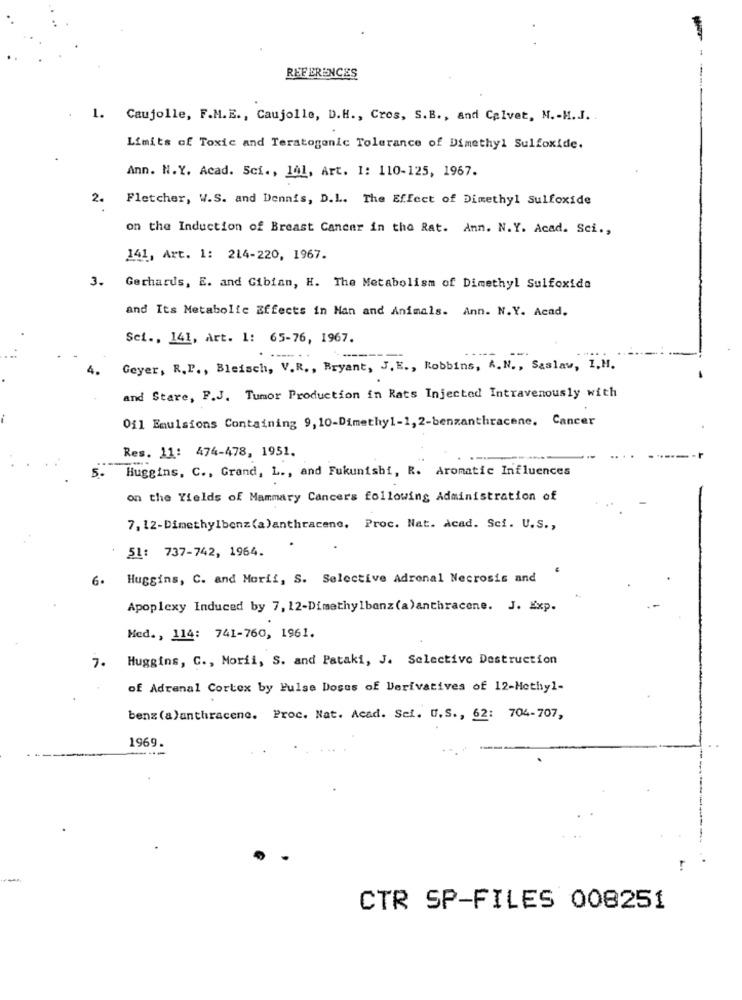
-
REFERENCES
1.
Caujolle, F.M.E ., Caujolle, D.H ., Cros, S.B ., and Calvet, N .- M.J ..
Limits of Toxic and Teratogenic Tolerance of Dimethyl Sulfoxide.
Ann. H.Y. Acad. Sci ., 141, Art. 1: 110-125, 1967.
2.
Fletcher, W.S. and Dennis, D.L. The Effect of Dimethyl Sulfoxide
on the Induction of Breast Cancer in the Rat. Ann. N.Y. Acad. Sci .,
141, Art. 1: 214-220, 1967.
3. Gerhards, E. and Gibian, H. The Metabolism of Dimethyl Sulfoxido
and Its Metabolic Effects in Man and Animals. Ann. N.Y. Acad.
Sei ., 141, Art. 1: 65-76, 1967.
----
4.
Geyer, R.P ., Bleisch, V.R ., Bryant, J. K ., Robbins, A. N ., Saslaw, I.H.
and Stare, P.J. Tumor Production in Rats Injected Intravenously with
0fl Emulsions Containing 9, 10-Dimethyl-1, 2-benzanthracene. Cancer
Res. 11: 474-478, 1951.
5.
Huggins, C ., Grand, L ., and Fukunishi, R. Aromatic Influences
on the Yields of Mammary Cancers following Administration of
7, 12-Dimethylbenz(a)anthracene, Proc. Nat. Acad. Sci. U.S .,
SL: 737-742, 1964.
6.
Huggins, C. and Morii, S. Selective Adrenal Necrosis and
Apoplexy Induced by 7, 12-Dimethylbanz (a)anthracene. J. Exp.
Hed ., 114: 741-760, 1961.
7.
Huggins, C ., Morii, S. and Pataki, J. Selective Destruction
of Adrenal Cortex by Pulse Doses of Derivatives of 12-Methyl-
benz (a)anthracene. Proc. Nat. Acad. Sei. U.S ., 62: 704-707,
1969.
CTR SP-FILES 008251